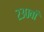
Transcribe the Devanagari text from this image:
२३०वाँ